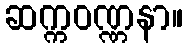
ဆက္ကဝဏ္ဏနာ။